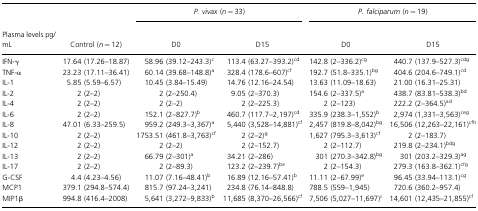
<table><thead><tr><td></td><td></td><td colspan="2"><b><i>P. vivax</i> (<i>n</i> = 33)</b></td><td colspan="2"><b><i>P. falciparum</i> (<i>n</i> = 19)</b></td></tr><tr><td><b>Plasma levels pg/mL</b></td><td><b>Control (<i>n</i> = 12)</b></td><td><b>D0</b></td><td><b>D15</b></td><td><b>D0</b></td><td><b>D15</b></td></tr></thead><tbody><tr><td>IFN‐γ</td><td>17.64 (17.26–18.87)</td><td>58.96 (39.12–243.3)<sup>c</sup></td><td>113.4 (63.27–393.2)<sup>cd</sup></td><td>142.8 (2–336.2)<sup>cg</sup></td><td>440.7 (137.9–527.3)<sup>cdg</sup></td></tr><tr><td>TNF‐α</td><td>23.23 (17.11–36.41)</td><td>60.14 (39.68–148.8)<sup>a</sup></td><td>328.4 (178.6–607)<sup>cf</sup></td><td>192.7 (51.8–335.1)<sup>bg</sup></td><td>404.6 (204.6–749.1)<sup>cd</sup></td></tr><tr><td>IL‐1</td><td>5.85 (5.59–6.57)</td><td>10.45 (3.84–15.49)</td><td>14.76 (12.16–24.54)</td><td>13.63 (11.09–18.63)</td><td>21.00 (16.31–25.31)</td></tr><tr><td>IL‐2</td><td>2 (2–2)</td><td>2 (2–250.4)</td><td>9.05 (2–370.3)</td><td>154.6 (2–337.5)<sup>a</sup></td><td>438.7 (83.81–538.3)<sup>bd</sup></td></tr><tr><td>IL‐4</td><td>2 (2–2)</td><td>2 (2–2)</td><td>2 (2–225.3)</td><td>2 (2–123)</td><td>222.2 (2–364.5)<sup>ad</sup></td></tr><tr><td>IL‐6</td><td>2 (2–2)</td><td>152.1 (2–827.7)<sup>b</sup></td><td>460.7 (117.7–2,197)<sup>cd</sup></td><td>335.9 (238.3–1,552)<sup>b</sup></td><td>2,974 (1,331–3,563)<sup>ceg</sup></td></tr><tr><td>IL‐8</td><td>47.01 (6.33–259.5)</td><td>959.2 (249.3–3,367)<sup>a</sup></td><td>5,440 (3,528–14,881)<sup>cf</sup></td><td>2,457 (819.8–8,042)<sup>bg</sup></td><td>16,506 (12,263–22,161)<sup>cfh</sup></td></tr><tr><td>IL‐10</td><td>2 (2–2)</td><td>1753.51 (461.8–3,763)<sup>cf</sup></td><td>2 (2–2)<sup>g</sup></td><td>1,627 (795.3–3,613)<sup>cf</sup></td><td>2 (2–183.7)</td></tr><tr><td>IL‐12</td><td>2 (2–2)</td><td>2 (2–2)</td><td>2 (2–152.7)</td><td>2 (2–112.7)</td><td>219.8 (2–234.1)<sup>bdg</sup></td></tr><tr><td>IL‐13</td><td>2 (2–2)</td><td>66.79 (2–301)<sup>a</sup></td><td>34.21 (2–286)</td><td>301 (270.3–342.8)<sup>bg</sup></td><td>301 (203.2–329.3)<sup>ag</sup></td></tr><tr><td>IL‐17</td><td>2 (2–2)</td><td>2 (2–89.3)</td><td>123.2 (2–239.7)<sup>be</sup></td><td>2 (2–154.3)</td><td>279.3 (163.8–362.1)<sup>cfg</sup></td></tr><tr><td>G‐CSF</td><td>4.4 (4.23–4.56)</td><td>11.07 (7.16–48.41)<sup>b</sup></td><td>16.89 (12.16–57.41)<sup>b</sup></td><td>11.11 (2–67.99)<sup>e</sup></td><td>96.45 (33.94–113.1)<sup>cg</sup></td></tr><tr><td>MCP1</td><td>379.1 (294.8–574.4)</td><td>815.7 (97.24–3,241)</td><td>234.8 (76.14–848.8)</td><td>788.5 (559–1,945)</td><td>720.6 (360.2–957.4)</td></tr><tr><td>MIP1β</td><td>994.8 (416.4–2008)</td><td>5,641 (3,272–9,833)<sup>b</sup></td><td>11,685 (8,370–26,566)<sup>cf</sup></td><td>7,506 (5,027–11,697)<sup>c</sup></td><td>14,601 (12,435–21,855)<sup>cf</sup></td></tr></tbody></table>